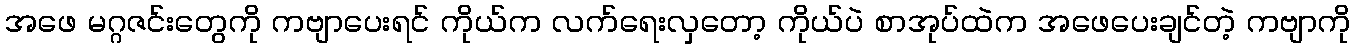
အဖေ မဂ္ဂဇင်းတွေကို ကဗျာပေးရင် ကိုယ်က လက်ရေးလှတော့ ကိုယ်ပဲ စာအုပ်ထဲက အဖေပေးချင်တဲ့ ကဗျာကို